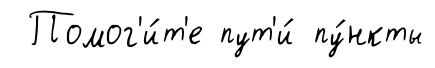
Помог'и́т'е пут'и́ пу́нкты